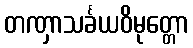
တဏှာသင်္ခယဝိမုတ္တော